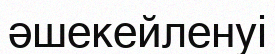
әшекейленуі